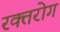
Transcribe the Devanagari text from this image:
रक्तरोग